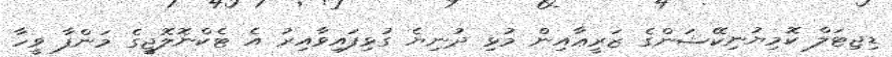
ޑިޖިޓަލް ކޮމިޔުނިކޭޝަންގެ ޒަރީޢާއިން މުޅި ދުނިޔެ ގުޅިފައިވާއިރު އެ ޓެކްނޮލޮޖީގެ މަންފާ ވީހާ